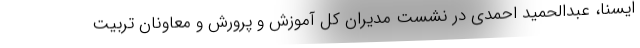
ایسنا، عبدالحمید احمدی در نشست مدیران کل آموزش و پرورش و معاونان تربیت